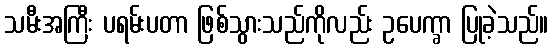
သမီးအကြီး ပရမ်းပတာ ဖြစ်သွားသည်ကိုလည်း ဥပေက္ခာ ပြုခဲ့သည်။